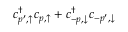
c _ { p ^ { \prime } , \uparrow } ^ { \dag } c _ { p , \uparrow } + c _ { - p , \downarrow } ^ { \dag } c _ { - p ^ { \prime } , \downarrow }